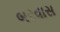
બરવાસ